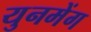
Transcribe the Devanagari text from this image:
युनमेंग